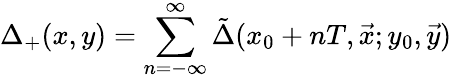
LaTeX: \Delta_{+}(x,y)=\sum_{n=-\infty}^{\infty}\tilde{\Delta}(x_{0}+nT,\vec{x};y_{0},\vec{y})